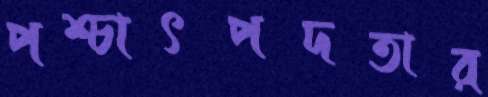
পশ্চাৎপদতার